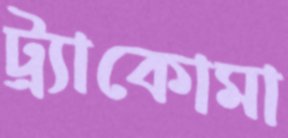
ট্র্যাকোমা